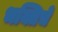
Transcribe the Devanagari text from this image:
भक्तिचे